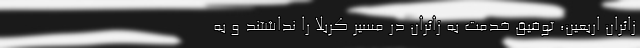
زائران اربعین، توفیق خدمت به زائران در مسیر کربلا را نداشتند و به